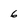
Character: 6